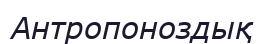
Антропоноздық